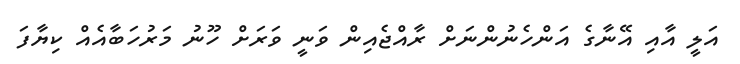
އަލީ އާއި އޭނާގެ އަންހެނުންނަށް ރާއްޖެއިން ވަނީ ވަރަށް ހޫނު މަރުހަބާއެއް ކިޔާފަ